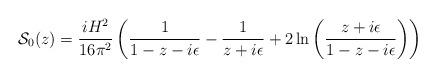
LaTeX: \begin{align*}{\cal{S}}_0(z)=\frac{iH^2}{16\pi^2}\left(\frac{1}{1-z-i\epsilon}-\frac{1}{z+i\epsilon}+2\ln\left(\frac{z+i\epsilon}{1-z-i\epsilon}\right)\right)\end{align*}